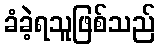
ခံခဲ့ရသူဖြစ်သည်